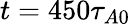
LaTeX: t=450\tau_{A0}